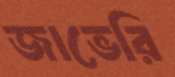
জাভেরি